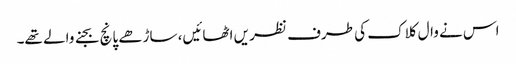
اس نے وال کلاک کی طرف نظر یں اٹھائیں، ساڑھے پانچ بجنے والے تھے۔